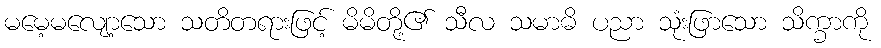
မမေ့မလျော့သော သတိတရားဖြင့် မိမိတို့၏ သီလ သမာဓိ ပညာ သုံးဖြာသော သိက္ခာကို